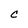
Character: C